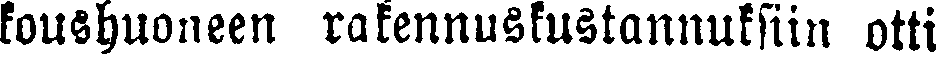
koushuoneen rakennuskustannuksiin otti